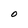
Character: O